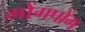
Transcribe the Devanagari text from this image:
मोंगपोंग